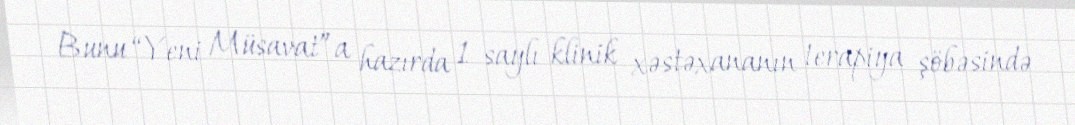
Bunu “Yeni Müsavat”a hazırda 1 saylı klinik xəstəxananın terapiya şöbəsində